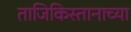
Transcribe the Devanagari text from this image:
ताजिकिस्तानाच्या